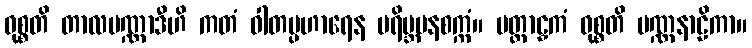
ဝုစ္စတိ တာလပဏ္ဏာဒီဟိ ကတံ ဝါတပ္ပဟာရေန ပရိဗ္ဘမနစက္ကံ။ ပတ္တာဠှကံ ဝုစ္စတိ ပဏ္ဏနာဠိကာ။